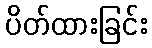
ပိတ်ထားခြင်း